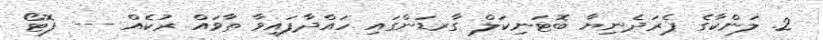
2. ލަންކާގެ ޕެރަދެނިޔާ ބޮޓަނިކަލް ގާރޑަންގައި ހައްދާފައިވާ ތާވައް ރުކެއް --- ފޮޓޯ